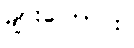
များကြောင်း။